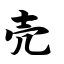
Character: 壳